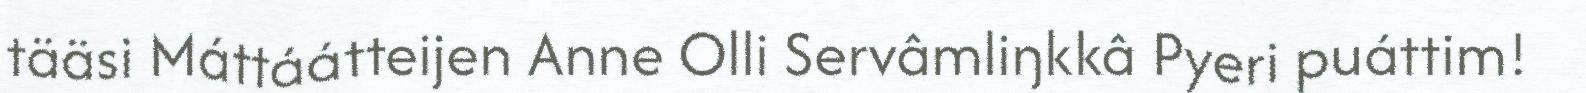
tääsi Máttáátteijen Anne Olli Servâmliŋkkâ Pyeri puáttim!